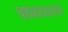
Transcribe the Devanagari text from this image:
पथनाट्यासारखे